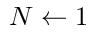
N \gets 1